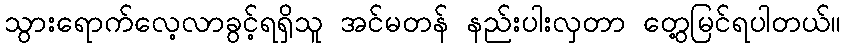
သွားရောက်လေ့လာခွင့်ရရှိသူ အင်မတန် နည်းပါးလှတာ တွေ့မြင်ရပါတယ်။